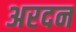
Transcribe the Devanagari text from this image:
अरदन